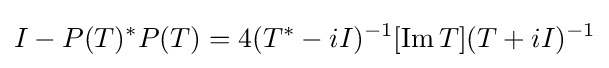
\displaystyle {I-P(T)^{*}P(T)=4(T^{*}-iI)^{-1}[\mathrm {Im} \,T](T+iI)^{-1}}